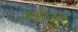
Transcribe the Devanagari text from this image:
मार्केटजवळ